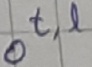
Text: O t,l